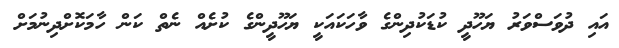
އައި ދުވަސްވަރު ޔަހޫދީ ކުޑަކުދިންގެ ވާހަކައަކީ ޔަހޫދީންގެ ކުށެއް ނެތް ކަން ހާމަކޮށްދިނުމަށް